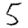
Digit: 5